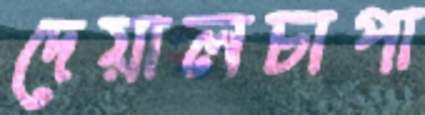
দেয়ালচাপা